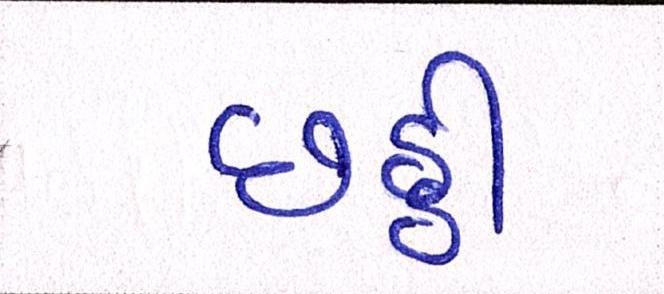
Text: છઠ્ઠી